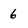
Character: 6